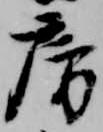
房